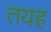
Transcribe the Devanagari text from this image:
तयह